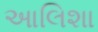
આલિશા